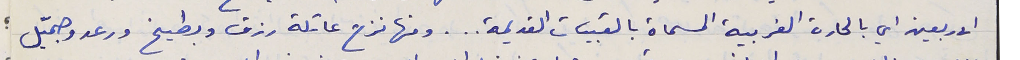
الاربعين اي بالحارة الغربية المسماة بالقبيات القديمة . . . ومنها نزح عائلة رزق وبطيخ ورعد وجميّل